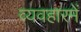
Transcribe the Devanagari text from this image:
व्यवहारमें